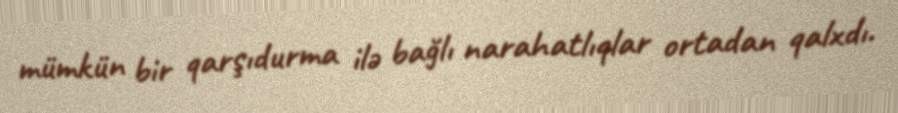
mümkün bir qarşıdurma ilə bağlı narahatlıqlar ortadan qalxdı.